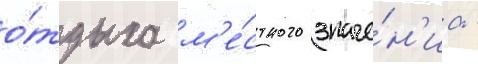
о́тдыха м'е́стного значе́н'иа -